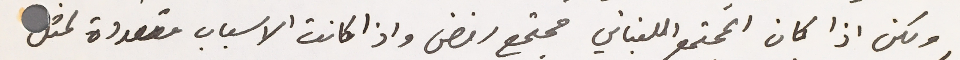
ولكن اذا كان المجتمع اللبناني مجتمع رفض واذا كانت الاسباب متعددة لمثل